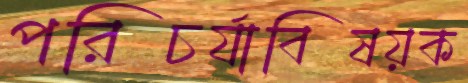
পরিচর্যাবিষয়ক